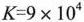
$$K=9×10^{4}$$